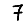
Digit: 7